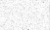
.